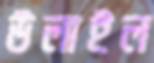
উলাইল